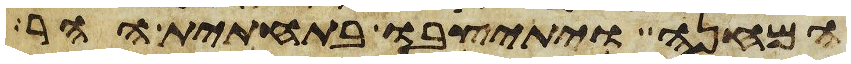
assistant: המחנה ויתיצבו בתחתית ההר